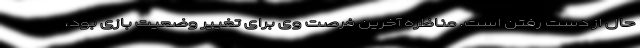
حال از دست رفتن است. مناظره آخرین فرصت وی برای تغییر وضعیت بازی بود،